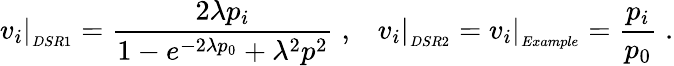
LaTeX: v_{i}\vert_{_{DSR1}}=\frac{2\lambda p_{i}}{1-e^{-2\lambda p_{0}}+\lambda^{2}p^{2}}\; ,\; \; \; v_{i}\vert_{_{DSR2}}=v_{i}\vert_{_{Example}}=\frac{p_{i}}{p_{0}}\; .